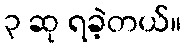
၃ ဆု ရခဲ့တယ်။